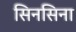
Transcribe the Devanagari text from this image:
सिनसिना